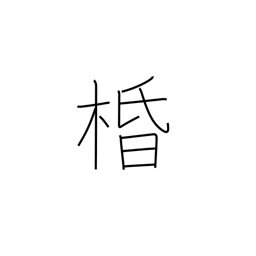
Meaning: silk tree